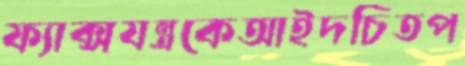
ফ্যাক্সযন্ত্রকেআইদচিতপ